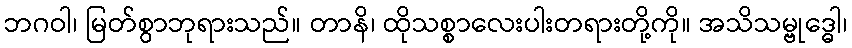
ဘဂဝါ၊ မြတ်စွာဘုရားသည်။ တာနိ၊ ထိုသစ္စာလေးပါးတရားတို့ကို။ အသိသမ္ဗုဒ္ဓေါ၊